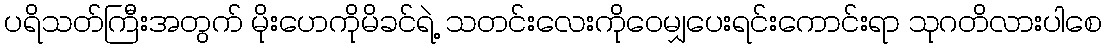
ပရိသတ်ကြီးအတွက် မိုးဟေကိုမိခင်ရဲ့ သတင်းလေးကိုဝေမျှပေးရင်းကောင်းရာ သုဂတိလားပါစေ